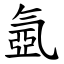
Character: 氬